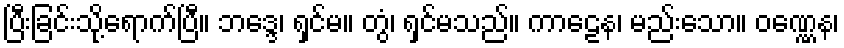
ပြီးခြင်းသို့ရောက်ပြီ။ ဘဒ္ဒေ၊ ရှင်မ။ တွံ၊ ရှင်မသည်။ ကာဠေန၊ မည်းသော။ ဝဏ္ဏေန၊